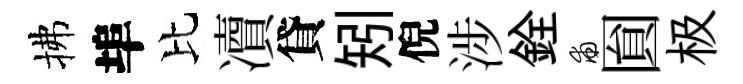
拂埠比凟貸矧倪涉銓甫圎极